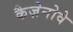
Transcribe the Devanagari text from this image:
कैज़ेनोवे